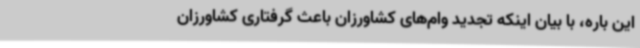
این باره، با بیان اینکه تجدید وام‌های کشاورزان باعث گرفتاری کشاورزان